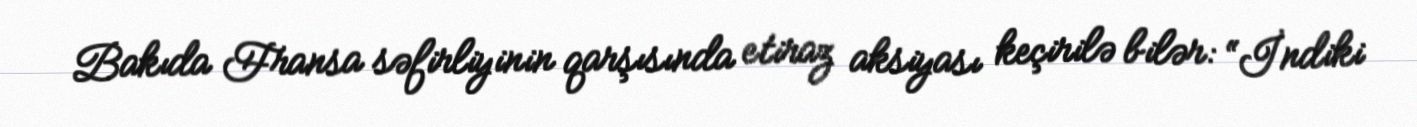
Bakıda Fransa səfirliyinin qarşısında etiraz aksiyası keçirilə bilər: “İndiki